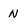
Character: N